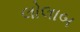
લોલાબ